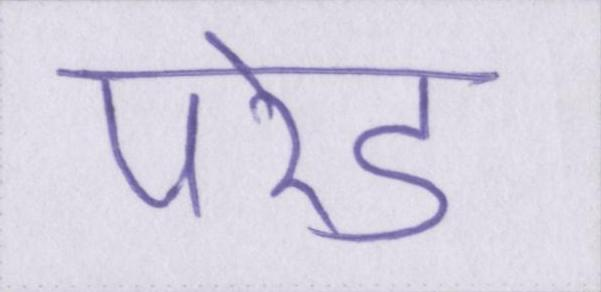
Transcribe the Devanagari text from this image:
परेड